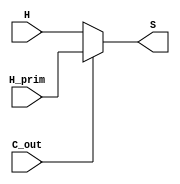
module SumCoputationZero(
    input H,
    input H_prim,
    input C_out,
    output S
);
    assign S = (C_out == 1'b0)? H : H_prim;
endmodule

module SumCoputationNormal(
    input H,
    input H_prim,
    input C,
    input C_prim,
    input C_out,
    output S
);
    assign S = (C_out == 1'b0)? H ^ C : H_prim ^ C_prim;
endmodule

module SumComputation  #(parameter N = 8) (
    input [N -1 :0] C,
    input [N -1:0] C_prim,
    input [N - 1:0] H,
    input [N - 1:0] H_prim,
    
    output [N - 1 : 0] sum
);
    genvar i;
    SumCoputationZero zero(
        .H(H[0]),
        .H_prim(H_prim[0]),
        .C_out(C[N-1] | C_prim[N-1]),
        .S(sum[0])
    );

    for (i = 1; i < N; i = i + 1) begin
        SumCoputationNormal norm(
            .H(H[i]),
            .H_prim(H_prim[i]),
            .C(C[i-1]),
            .C_prim(C_prim[i-1]),
            .C_out(C[N-1] | C_prim[N-1]),
            .S(sum[i])
        );
    end
endmodule
    
module ParallelPrefixSingle (
    input G,
    input P,
    input P_prev,
    input G_prev,
    output G_out,
    output P_out
);
    assign P_out = P & P_prev;
    assign G_out = G | (G_prev & P);
endmodule


module ParallelPrefix #(parameter N = 8) (
    input [N -1 : 0] G,
    input [N -1 : 0] P,
    input [N -1 : 0] G_prim,
    input [N -1 : 0] P_prim,

    output [N -1: 0] C,
    output [N -1: 0] C_prim
);
	parameter levels = $clog2(N);
    genvar i;
    genvar j;
    wire [N-1: 0] G_W[levels: 0];
    wire [N-1: 0] P_W[levels: 0];
    wire [N-1: 0] P_prim_W[levels: 0];
    wire [N-1: 0] G_prim_W[levels: 0];

    for ( i = 0; i <= levels; i = i + 1) begin
        assign G_W[i][0] = G[0];
        assign P_W[i][0] = P[0];
        assign G_prim_W[i][0] = G_prim[0];
        assign P_prim_W[i][0] = P_prim[0];
    end

    for (i = 1; i < N; i = i + 1) begin
        if(i[0] == 1'b1) begin
                ParallelPrefixSingle prefixNormal(
                    .G(G[i]),
                    .P(P[i]),
                    .G_prev(G[i-1]),
                    .P_prev(P[i-1]),
                    .G_out(G_W[0][i]),
                    .P_out(P_W[0][i])
                );
                ParallelPrefixSingle prefixPrim(
                    .G(G_prim[i]),
                    .P(P_prim[i]),
                    .G_prev(G_prim[i-1]),
                    .P_prev(P_prim[i-1]),
                    .G_out(G_prim_W[0][i]),
                    .P_out(P_prim_W[0][i])
                );
            end
        else begin
            assign G_W[0][i] = G[i];
            assign P_W[0][i] = P[i];
            assign G_prim_W[0][i] = G_prim[i];
            assign P_prim_W[0][i] = P_prim[i];
        end
    end

    for ( i = 1; i <= levels; i = i + 1) begin
        for ( j = 0; j < N; j = j + 1) begin
            if(j[i] == 1'b1) begin
                localparam index_of_Source = j - (j % (2**i) + 1);

                ParallelPrefixSingle prefixNormal(
                    .G(G_W[i-1][j]),
                    .P(P_W[i-1][j]),
                    .G_prev(G_W[i-1][index_of_Source]),
                    .P_prev(P_W[i-1][index_of_Source]),
                    .G_out(G_W[i][j]),
                    .P_out(P_W[i][j])
                );

                ParallelPrefixSingle prefixPrim(
                    .G(G_prim_W[i-1][j]),
                    .P(P_prim_W[i-1][j]),
                    .G_prev(G_prim_W[i-1][index_of_Source]),
                    .P_prev(P_prim_W[i-1][index_of_Source]),
                    .G_out(G_prim_W[i][j]),
                    .P_out(P_prim_W[i][j])
                );
            end

            else begin
            assign G_W[i][j] = G_W[i-1][j];
            assign G_prim_W[i][j] = G_prim_W[i-1][j];
            assign P_W[i][j] = P_W[i-1][j];
            assign P_prim_W[i][j] = P_prim_W[i-1][j];
            end
        end
    end

    for (i = 1; i <= N; i = i + 1) begin
        assign C[i-1] = G_W[levels][i-1];
        assign C_prim[i - 1] = G_prim_W[levels][i-1];
    end

endmodule

module PreProcessingSingle (
    input num1,
    input num2,
    
    output H,
    output G,
    output P
);
    assign H = num1 ^ num2;
    assign G = num1 & num2;
    assign P = num1 | num2;
endmodule

module PreProcessing #(parameter N = 8) (
    input [N - 1: 0] num1,
    input [N - 1: 0] num2,
    input [N - 1: 0] num1_prim,
    input [N : 0] num2_prim,

    output [N - 1: 0] H,
    output [N - 1: 0] G,
    output [N - 1: 0] P,
    output [N - 1: 0] H_prim,
    output [N - 1: 0] G_prim,
    output [N - 1: 0] P_prim
);
    genvar i;
    for (i = 0; i < N; i = i + 1) begin
        PreProcessingSingle preprocessNorm(
            .num1(num1[i]),
            .num2(num2[i]),
            .H(H[i]),
            .G(G[i]),
            .P(P[i])
        );

        PreProcessingSingle preprocessPrim(
            .num1(num1_prim[i]),
            .num2(num2_prim[i]),
            .H(H_prim[i]),
            .G(G_prim[i]),
            .P(P_prim[i])
        );
    end
endmodule
module numbersPrimSingle(
    input num1,
    input num2,
    input k,

    output num1_Prim,
    output num2_Prim
);
    assign num1_Prim = (k == 1'b0) ? num1^num2 : ~(num1 ^ num2);
    assign num2_Prim = (k == 1'b0) ? (num1 & num2) : (num1|num2);
endmodule

module numbersPrim #(parameter N = 8) (
    input [N-1 :0] number1,
    input [N-1 :0] number2,
    input [N-1 :0] k,

    output [N-1: 0] number1_prim,
    output [N: 0] number2_prim
);  
    genvar i;
    assign number2_prim[0] = 1'b0;
    for (i = 0; i < N; i = i + 1) begin
        numbersPrimSingle lol(
            .num1(number1[i]),
            .num2(number2[i]),
            .k(k[i]),
            .num1_Prim(number1_prim[i]),
            .num2_Prim(number2_prim[i+1])
        );
    end
endmodule

module hello_world;
    parameter N = 7;

	reg [N - 1:0] a;
	reg [N - 1:0] b;
	reg [N - 1:0] k;

    wire [N - 1:0] a_prim;
    wire [N : 0] b_prim;

    wire [N - 1:0] H;
    wire [N - 1:0] G;
    wire [N - 1:0] P;

    wire [N - 1:0] H_prim;
    wire [N - 1:0] G_prim;
    wire [N - 1:0] P_prim;

    wire [N -1:0] C;
    wire [N -1:0] C_prim;

    wire [N - 1 :0] SUM;

    numbersPrim #(N) numbers_Prim(
        .number1(a),
        .number2(b),
        .k(k),
        .number1_prim(a_prim),
        .number2_prim(b_prim)
    );
    
    PreProcessing #(N) preprocess(
        .num1(a),
        .num2(b),
        .num1_prim(a_prim),
        .num2_prim(b_prim),

        .H(H),
        .G(G),
        .P(P),
        .H_prim(H_prim),
        .G_prim(G_prim),
        .P_prim(P_prim)
    );

    ParallelPrefix #(N) parapre(
        .G(G),
        .P(P),
        .G_prim(G_prim),
        .P_prim(P_prim),
        .C(C),
        .C_prim(C_prim)
    );

    SumComputation #(N) sumcomp(
        .H(H),
        .C(C),
        .H_prim(H_prim),
        .C_prim(C_prim),
        .sum(SUM)
    );

    initial begin
        a = 112;
        b = 100;
	    k = 15;
        
        $display("Liczba 1: %d, Liczba 2: %d", a, b);
        #150;
        $display("Suma modulo: %d", SUM);
        #150;
    end
    
endmodule